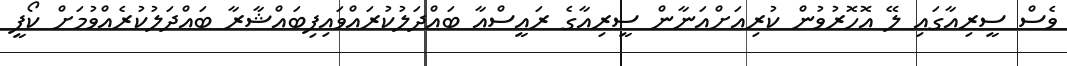
ވެސް ސީރިއާގައި ލޭ އޮހޮރުވުން ކުރިއަށްއަނާން ސީރިއާގެ ރައީސްއާ ބައްދަލުކުރައްވައިފިބައްޝާރާ ބައްދަލުކުރެއްވުމަށް ކޯފީ